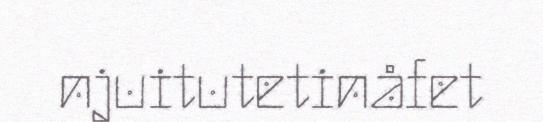
njuitutetinåfet